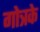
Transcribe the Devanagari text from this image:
गोत्रके